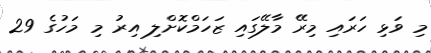
މި ވަޅި ހަރައި މިރޭ މާލޭގައި ޒަހަމްކޮށްލި އިރު މި މަހުގެ 29